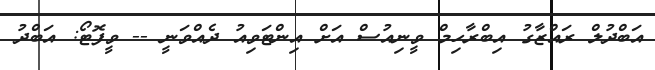
އަބްދުލް ރައްޒާގު އިބްރާހިމް ވީނިއުސް އަށް އިންޓަވިއު ދެއްވަނީ -- ވީފޮޓޯ: އަބްދު